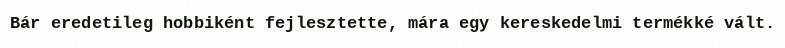
Bár eredetileg hobbiként fejlesztette, mára egy kereskedelmi termékké vált.